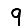
Digit: 9